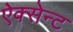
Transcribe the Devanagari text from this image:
ऐक्सेन्ट